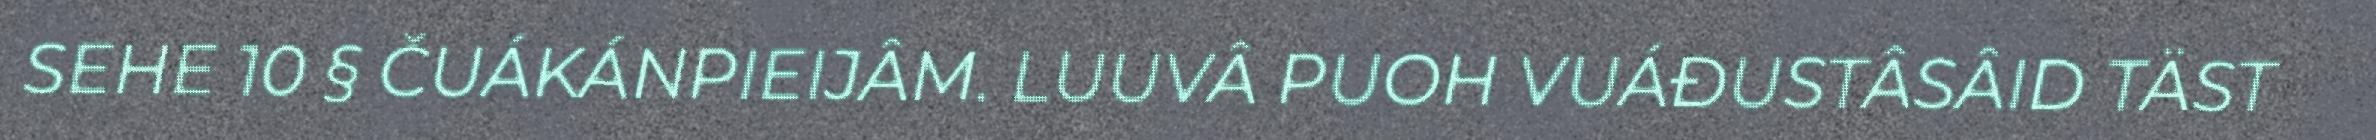
SEHE 10 § ČUÁKÁNPIEIJÂM. LUUVÂ PUOH VUÁĐUSTÂSÂID TÄST